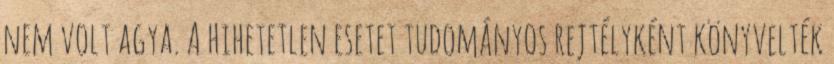
nem volt agya. A hihetetlen esetet tudományos rejtélyként könyvelték